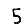
Digit: 5